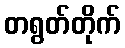
တရွတ်တိုက်